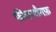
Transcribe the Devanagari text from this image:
फीवरशैमफ़